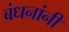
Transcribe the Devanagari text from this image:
बंधनांनी